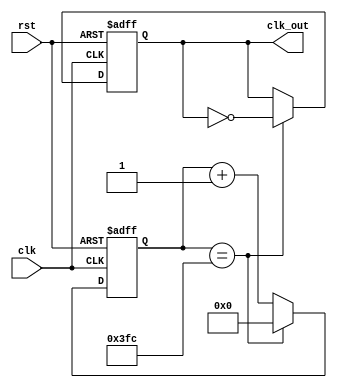
//Created by Higuoxing@outlook.com
//Have fun :)

`timescale 1ns / 1ps

module clk_divider(clk, rst, clk_out);

    parameter max_count = 1020;

    input wire clk, rst;
    output reg clk_out;
    
    reg [63:0] cnt;
    
    initial begin
        cnt <= 0;
        clk_out <= 0;
    end
    
    always @ (posedge(clk) or posedge(rst)) begin
        if (rst) begin
            cnt <= 0;
            clk_out <= 0;
        end
        else begin           
            if (cnt == max_count) begin
                    cnt <= 0;
                    clk_out <= ~ clk_out;
                end
            else cnt <= cnt + 1;
        end
    end
    
endmodule